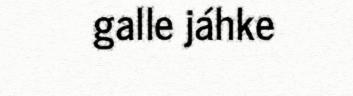
galle jáhke